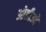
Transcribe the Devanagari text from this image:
ओहीओ